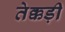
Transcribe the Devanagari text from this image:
तेक्कड़ी